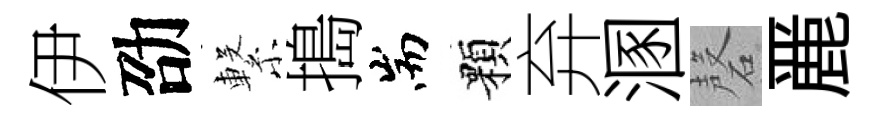
伊劭繋搗耑顆弃溷磬䴡